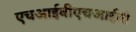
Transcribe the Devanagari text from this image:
एचआईवीएचआईवी